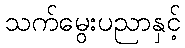
သက်မွေးပညာနှင့်